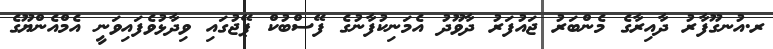
ރ.އުނގޫފާރު ދާއިރާގެ މެންބަރު ޖައުފަރު ދާވޫދު އެމަނިކުފާނުގެ ފޭސްބުކް ޕޭޖުގައި ވިދާޅުވެފައިވަނީ އެމްއެންޔޫގެ